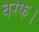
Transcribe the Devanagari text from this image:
बरफ।